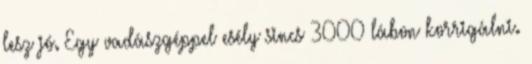
lesz jó. Egy vadászgéppel esély sincs 3000 lábon korrigálni.